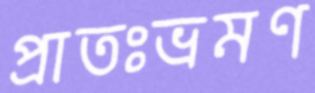
প্রাতঃভ্রমণ